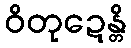
ဝိတုဍေန္တိ